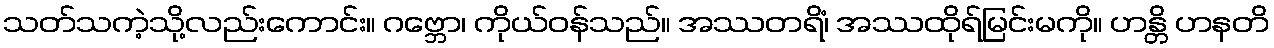
သတ်သကဲ့သို့လည်းကောင်း။ ဂဗ္ဘော၊ ကိုယ်ဝန်သည်။ အဿတရိံ၊ အဿထိုရ်မြင်းမကို။ ဟန္တိ ဟနတိ